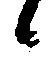
候